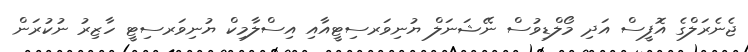
ޖެނެރަލްގެ އޮފީސް އަދި މޯލްޑިވުސް ނޭޝަނަލް ޔުނިވަރސިޓީއާއި އިސްލާމިކް ޔުނިވަރސިޓީ ހާޒިރު ނުކުރަން